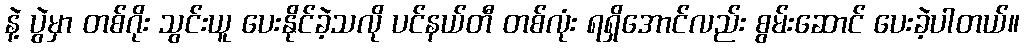
နဲ့ ပွဲမှာ တစ်ဂိုး သွင်းယူ ပေးနိုင်ခဲ့သလို ပင်နယ်တီ တစ်လုံး ရရှိအောင်လည်း စွမ်းဆောင် ပေးခဲ့ပါတယ်။